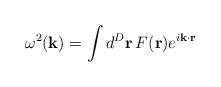
LaTeX: \begin{align*}\omega^2({\bf k}) = \int d^D{\bf r} \, F({\bf r}) e^{i{\bf k}\cdot{\bf r}}\end{align*}